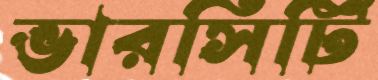
ভারসিটি